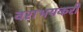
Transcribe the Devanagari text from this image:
वराभयकरी